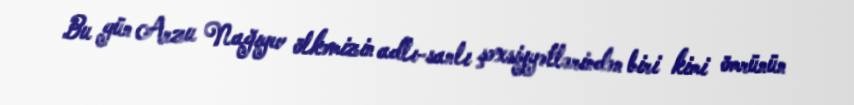
Bu gün Arzu Nağıyev ölkəmizin adlı-sanlı şəxsiyyətlərindən biri kimi ömrünün